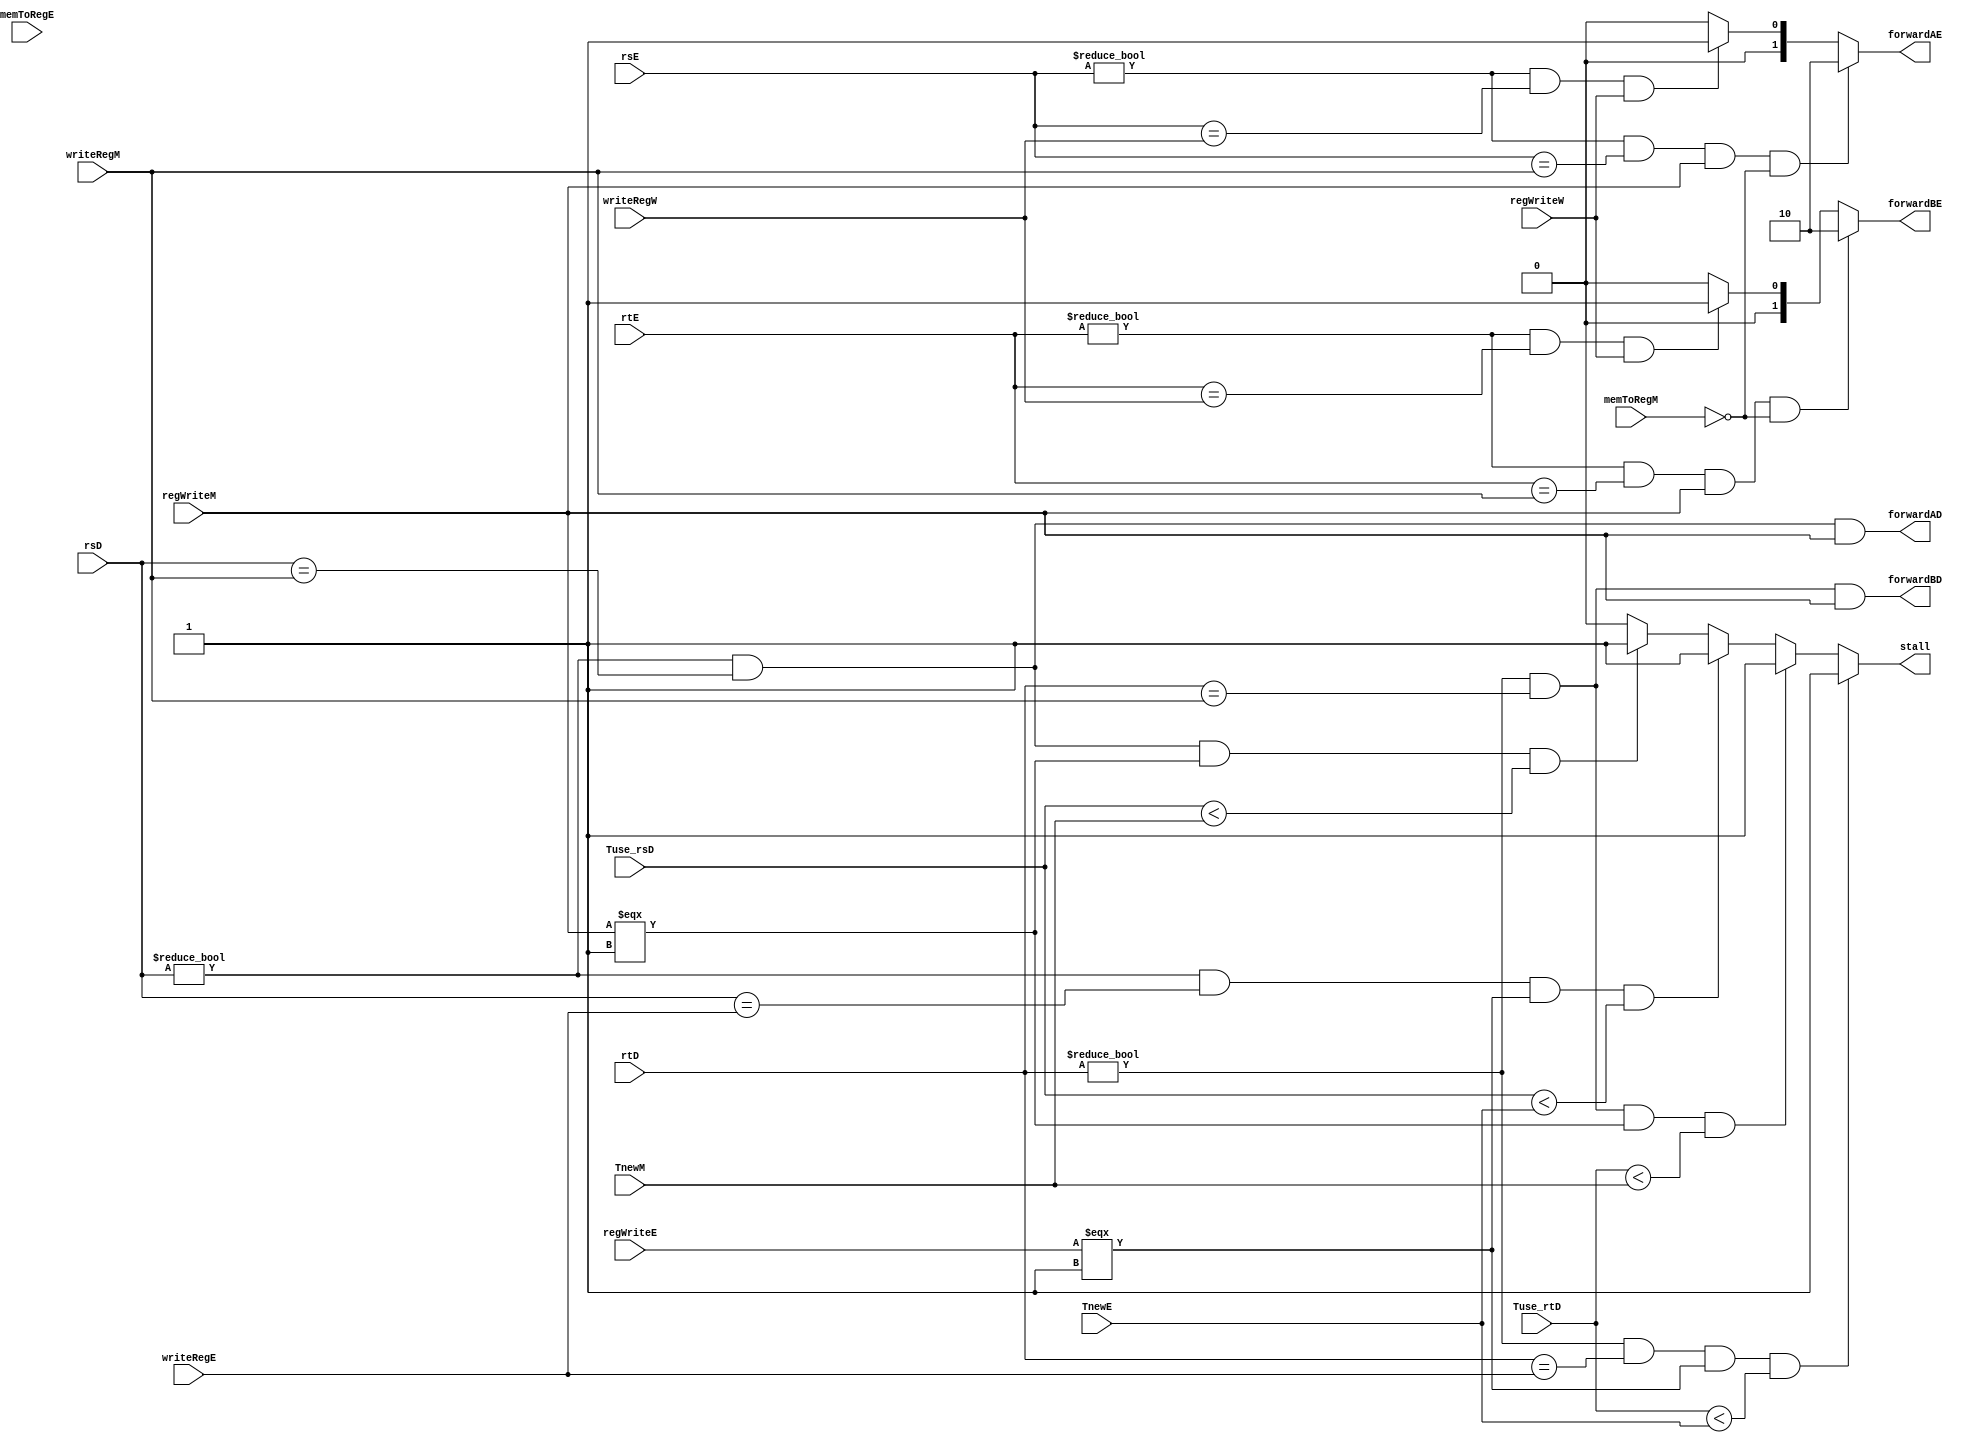
`timescale 1ns / 1ps
//////////////////////////////////////////////////////////////////////////////////
// Company: 
// Engineer: 
// 
// Design Name: 
// Module Name:    hazard 
// Project Name: 
// Target Devices: 
// Tool versions: 
// Description: 
//
// Dependencies: 
//
// Revision: 
// Revision 0.01 - File Created
// Additional Comments: 
//
//////////////////////////////////////////////////////////////////////////////////
module hazard(
    input [4:0] rsD,
    input [4:0] rtD,
	 
    input [4:0] rsE,
    input [4:0] rtE,
    input [4:0]writeRegE,
    input memToRegE,
	 input regWriteE,
	 
	 input [4:0] writeRegM,
    input regWriteM,
	 input memToRegM,
	 
    input [4:0] writeRegW,
    input regWriteW,
	 
    input [1:0] Tuse_rsD,
    input [1:0] Tuse_rtD,
    input [1:0] TnewE,
    input [1:0] TnewM,
    	 
    output reg stall = 0,
    output reg forwardAD = 0,
    output reg forwardBD = 0,
    output reg [1:0] forwardAE = 0,
    output reg [1:0] forwardBE = 0
    );
	 reg lwstall = 0;
	 reg branchstall = 0;
	 initial begin
      stall = 0;
      forwardAD = 0;
      forwardBD = 0;
      forwardAE = 0;
      forwardBE = 0;
	end
	 always@(*)begin
	    ////////forward
	    if((rsE != 0)&&(rsE == writeRegM)&&(regWriteM)&&(memToRegM != 1)) forwardAE = 2'b10;//foward m first
		 else if ((rsE != 0)&&(rsE == writeRegW)&&(regWriteW)) forwardAE = 2'b01;
		 else forwardAE = 0;
		 
		 if((rtE != 0)&&(rtE == writeRegM)&&(regWriteM)&&(memToRegM != 1)) forwardBE = 2'b10;
		 else if ((rtE != 0)&&(rtE == writeRegW)&&(regWriteW)) forwardBE = 2'b01;
		 else forwardBE = 0;
		 
		 forwardAD = (rsD != 0)&&(rsD == writeRegM)&&(regWriteM);
		 forwardBD = (rtD != 0)&&(rtD == writeRegM)&&(regWriteM);
		 /////////////////////////////
		 stall = 0;
       if((rsD != 0)&&(rsD == writeRegE)&&(regWriteE === 1)&&(Tuse_rsD < TnewE)) stall = 1;
		 else if((rsD != 0)&&(rsD == writeRegM)&&(regWriteM === 1)&&(Tuse_rsD < TnewM))stall = 1;
       if((rtD != 0)&&(rtD == writeRegE)&&(regWriteE === 1)&&(Tuse_rtD < TnewE)) stall = 1;
       else if((rtD != 0)&&(rtD == writeRegM)&&(regWriteM === 1)&&(Tuse_rtD < TnewM))stall = 1; 
	 end


endmodule